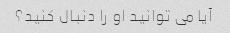
آیا می توانید او را دنبال کنید؟